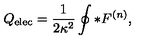
Q _ { \mathrm { e l e c } } = { \frac { 1 } { 2 \kappa ^ { 2 } } } \oint \ast F ^ { ( n ) } ,